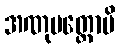
အဏုမတ္တောပိ